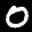
Label: 0